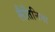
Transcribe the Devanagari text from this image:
लैतिनिना